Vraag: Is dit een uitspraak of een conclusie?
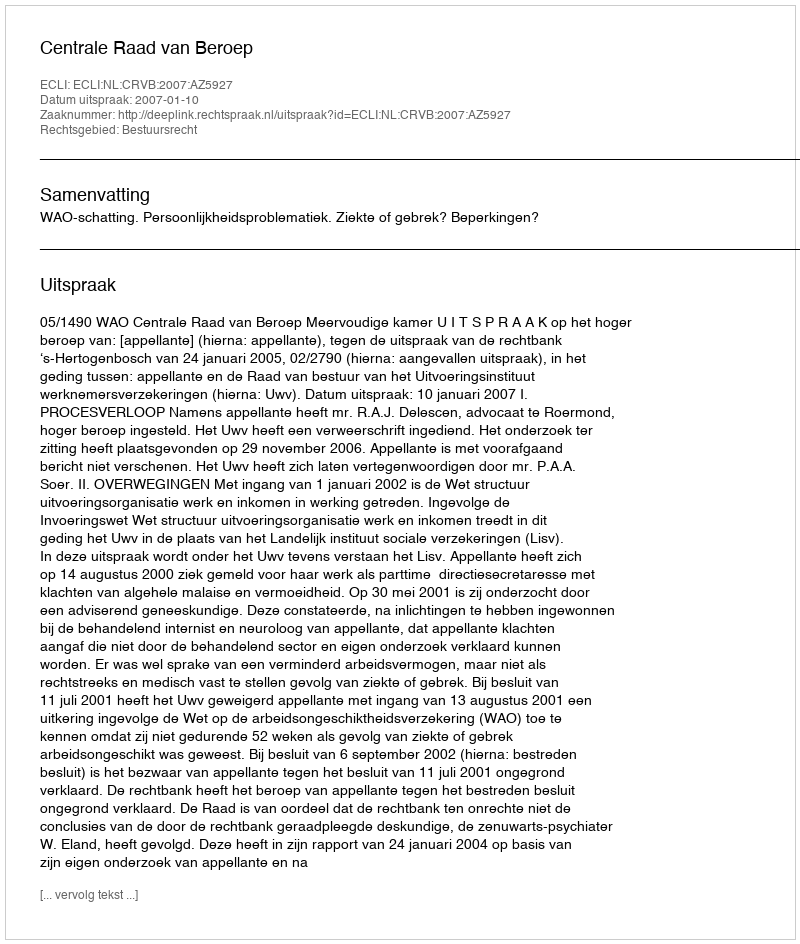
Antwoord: Uitspraak